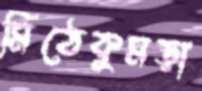
মিঠেকুমড়া